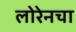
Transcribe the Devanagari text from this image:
लोरेनचा